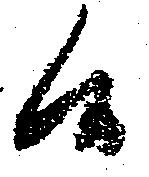
候